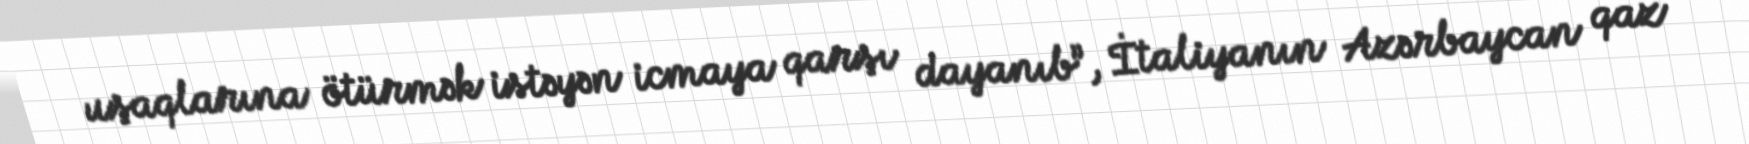
uşaqlarına ötürmək istəyən icmaya qarşı dayanıb”, İtaliyanın Azərbaycan qaz